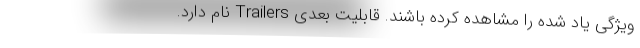
ویژگی یاد شده را مشاهده کرده باشند. قابلیت بعدی Trailers نام دارد.